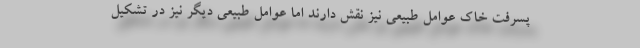
پسرفت خاک عوامل طبیعی نیز نقش دارند اما عوامل طبیعی دیگر نیز در تشکیل